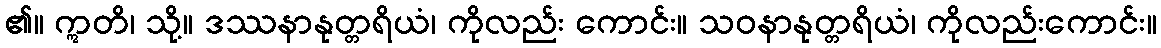
၏။ ဣတိ၊ သို့။ ဒဿနာနုတ္တရိယံ၊ ကိုလည်း ကောင်း။ သဝနာနုတ္တရိယံ၊ ကိုလည်းကောင်း။